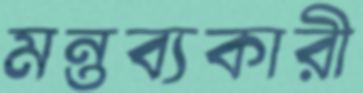
মন্তব্যকারী